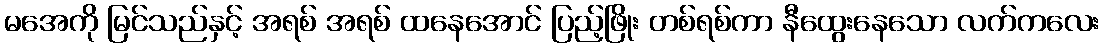
မအေကို မြင်သည်နှင့် အရစ် အရစ် ထနေအောင် ပြည့်ဖြိုး တစ်ရစ်ကာ နီထွေးနေသော လက်ကလေး